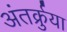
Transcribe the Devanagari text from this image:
अंतर्क्रुया